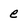
Character: e